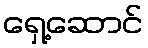
ရှေ့ဆောင်